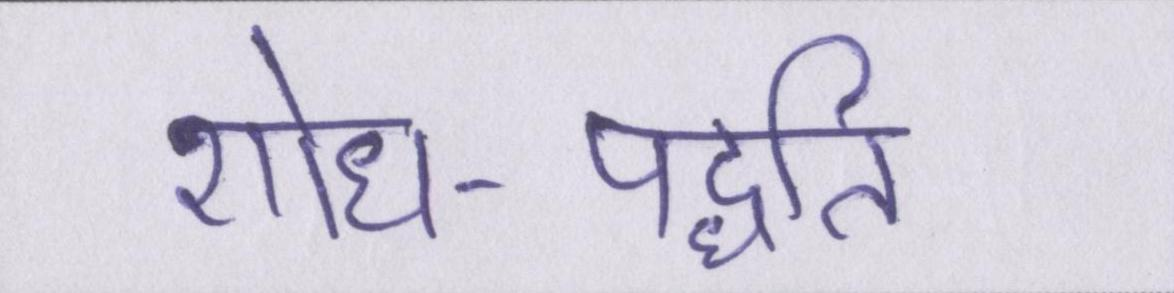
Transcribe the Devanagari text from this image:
शोध-पद्धति